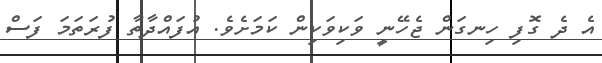
އެ ދެ ގޮފި ހިނގަން ޖެހޭނީ ވަކިވަކިން ކަމަށެވެ. އުފައްދާތާ ފުރަތަމަ ފަސް